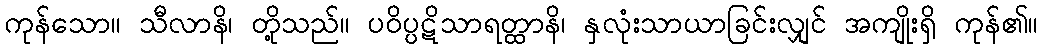
ကုန်သော။ သီလာနိ၊ တို့သည်။ ပဝိပ္ပဋိသာရတ္ထာနိ၊ နှလုံးသာယာခြင်းလျှင် အကျိုးရှိ ကုန်၏။